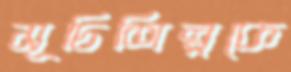
সূচিশিল্পকে